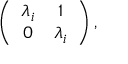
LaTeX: \left( \begin{array} { c c } { { \lambda _ { i } } } & { { 1 } } \\ { { 0 } } & { { \lambda _ { i } } } \end{array} \right) ,